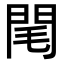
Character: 閐